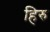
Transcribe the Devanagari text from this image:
हिरु